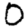
Digit: 0